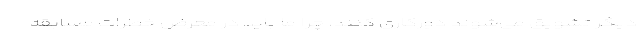
دیگر تشویق می‌شوند دورکاری کنند، چرا ما باید در معرض خطرات مسابقه